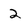
Character: 2